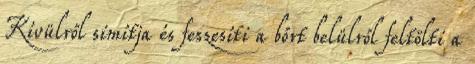
Kívülről simítja és feszesíti a bőrt belülről feltölti a